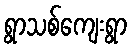
ရွာသစ်ကျေးရွာ